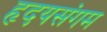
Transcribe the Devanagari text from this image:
हृदयसंगम